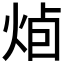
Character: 𭴭